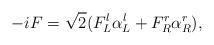
LaTeX: \begin{align*}-i F = \sqrt{2} (F_L^l \alpha_L^l + F_R^r \alpha_R^r),\end{align*}